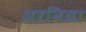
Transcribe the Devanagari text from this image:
अरनिया